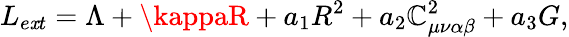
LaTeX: L_{e\mathit{x}t}=\Lambda+\kappaR+a_{1}R^{2}+a_{2}\mathbb{C}_{\mu\nu\alpha\beta}^{2}+a_{3}G,